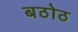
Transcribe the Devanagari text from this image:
बठोठ